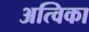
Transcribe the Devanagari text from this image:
अत्विका